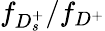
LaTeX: f_{D_{s}^{+}}/f_{D^{+}}